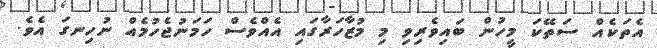
އެތަކެއް ސަތޭކަ މީހުން ބައިވެރިވި މި މުޒާހަރާގައި އެއްވެސް ހަމަނުޖެހުމެއް ނުހިނގަ އެވެ.